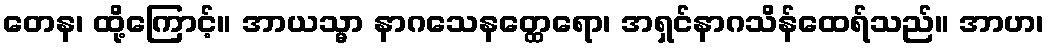
တေန၊ ထို့ကြောင့်။ အာယသ္မာ နာဂသေနတ္ထေရော၊ အရှင်နာဂသိန်ထေရ်သည်။ အာဟ၊